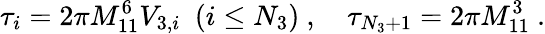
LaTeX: \tau_{i}={2\pi M_{11}^{6}V_{3,i}}\ \ (i\leq N_{3})\ ,\quad\tau_{N_{3}+1}={2\pi M_{11}^{3}}\ .